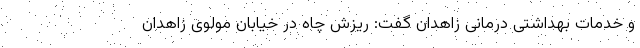
و خدمات بهداشتی درمانی زاهدان گفت: ریزش چاه در خیابان مولوی زاهدان